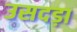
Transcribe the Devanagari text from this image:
उसदड़ा